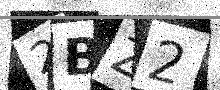
Text: 2BZ2